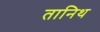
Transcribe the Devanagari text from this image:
तानिथ